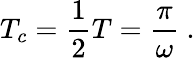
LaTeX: T_{c}=\frac{1}{2}T=\frac{\pi}{\omega}\ .